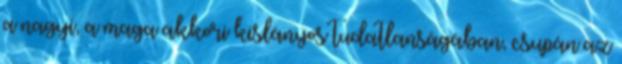
a nagyi, a maga akkori kislányos tudatlanságában, csupán az